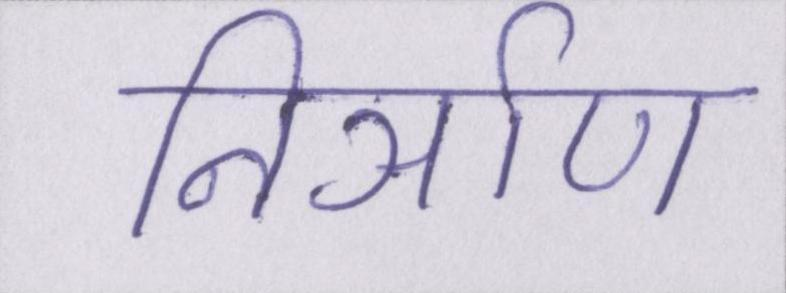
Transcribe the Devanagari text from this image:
निर्ञाण